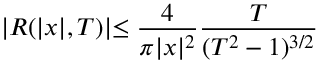
\vert R ( \lvert x \rvert , T ) \lvert \le \frac { 4 } { \pi \lvert x \rvert ^ { 2 } } \frac { T } { ( T ^ { 2 } - 1 ) ^ { 3 / 2 } }